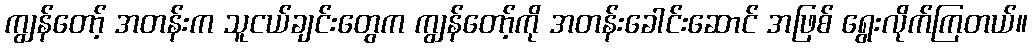
ကျွန်တော့် အတန်းက သူငယ်ချင်းတွေက ကျွန်တော့်ကို အတန်းခေါင်းဆောင် အဖြစ် ရွေးလိုက်ကြတယ်။